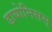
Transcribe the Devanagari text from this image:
डायोनिसस्